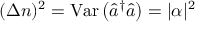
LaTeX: ~ ( \Delta n ) ^ { 2 } = \mathrm { { V a r } } \left( { \hat { a } } ^ { \dagger } { \hat { a } } \right) = | \alpha | ^ { 2 }